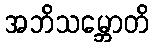
အဘိသမ္ဘောတိ